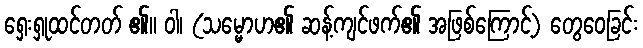
ရှေးရှုထင်တတ် ၏။ ဝါ၊ (သမ္မောဟ၏ ဆန့်ကျင်ဖက်၏ အဖြစ်ကြောင့်) တွေဝေခြင်း